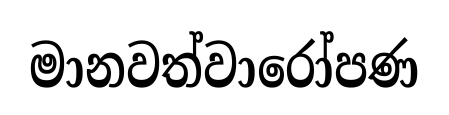
මානවත්වාරෝපණ